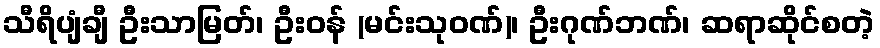
သီရိပျံချီ ဦးသာမြတ်၊ ဦးဝန် (မင်းသုဝဏ်)၊ ဦးဂုဏ်ဘဏ်၊ ဆရာဆိုင်စတဲ့